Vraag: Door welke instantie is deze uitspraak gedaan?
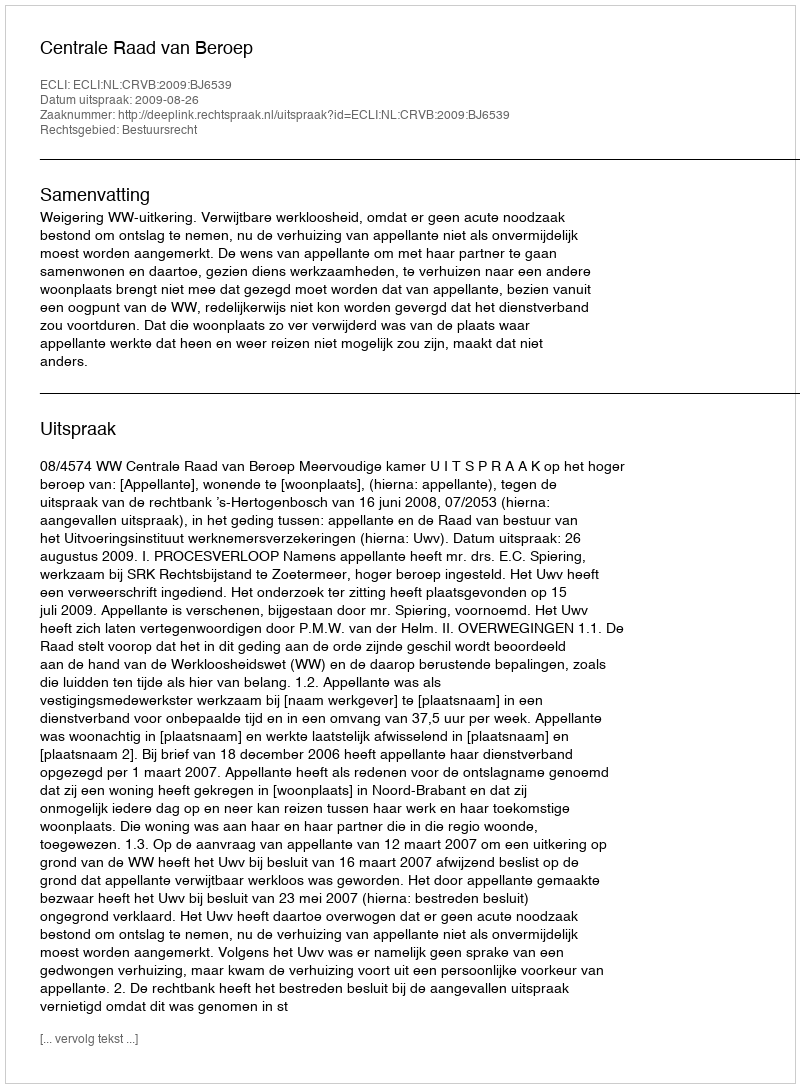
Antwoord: Centrale Raad van Beroep